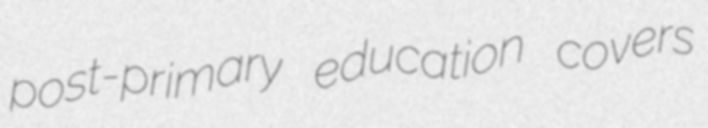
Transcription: post-primary education covers